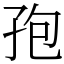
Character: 孢